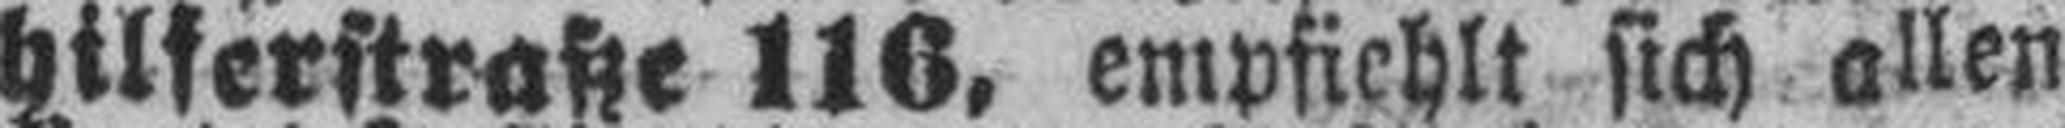
hilferstraße 116, empfiehlt sich allen